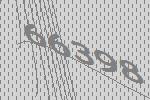
66398